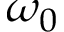
\omega _ { 0 }